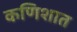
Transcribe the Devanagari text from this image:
कणिशात